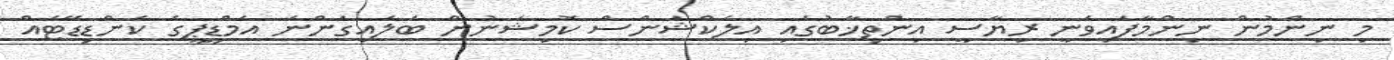
މި ނިންމުން ނިންމާފައިވަނީ ރިޔާސީ އިންތިޚާބުގައި އިލެކްޝަންސް ކޮމިޝަނުން ބަލައިގަންނަ އެމްޑީޕީގެ ކެންޑިޑޭޓެއް